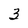
Character: 3